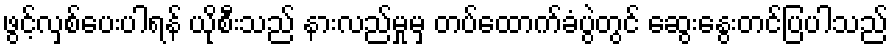
ဖွင့်လှစ်ပေးပါရန် ယိုစီးသည် နားလည်မှုမှ တပ်ထောက်ခံပွဲတွင် ဆွေးနွေးတင်ပြပါသည်